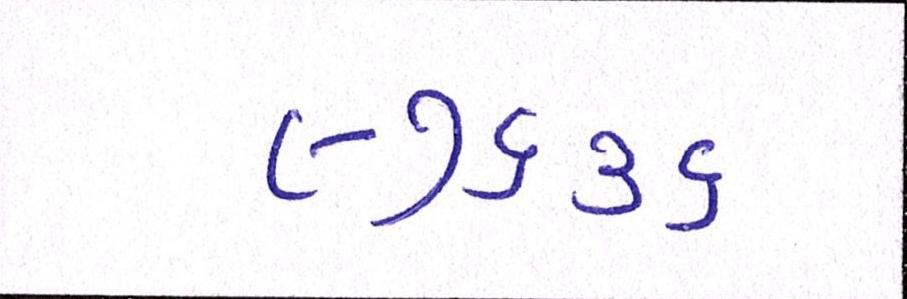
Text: ૯૭૬૩૬